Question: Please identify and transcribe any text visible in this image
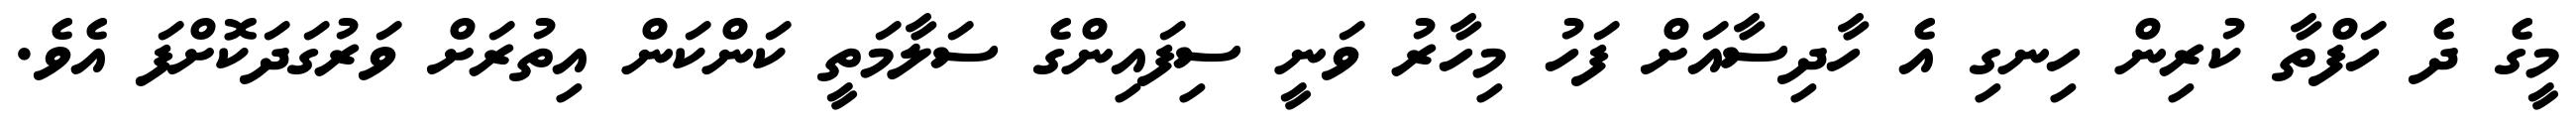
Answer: މީގެ ދެ ހަފްތާ ކުރިން ހިނގި އެ ހާދިސާއަށް ފަހު މިހާރު ވަނީ ސިފައިންގެ ސަލާމަތީ ކަންކަން އިތުރަށް ވަރުގަދަކޮށްފަ އެވެ.